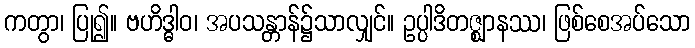
ကတွာ၊ ပြု၍။ ဗဟိဒ္ဓါဝ၊ အပသန္တာန်၌သာလျှင်။ ဥပ္ပါဒိတဇ္ဈာနဿ၊ ဖြစ်စေအပ်သော